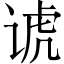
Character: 𬤀